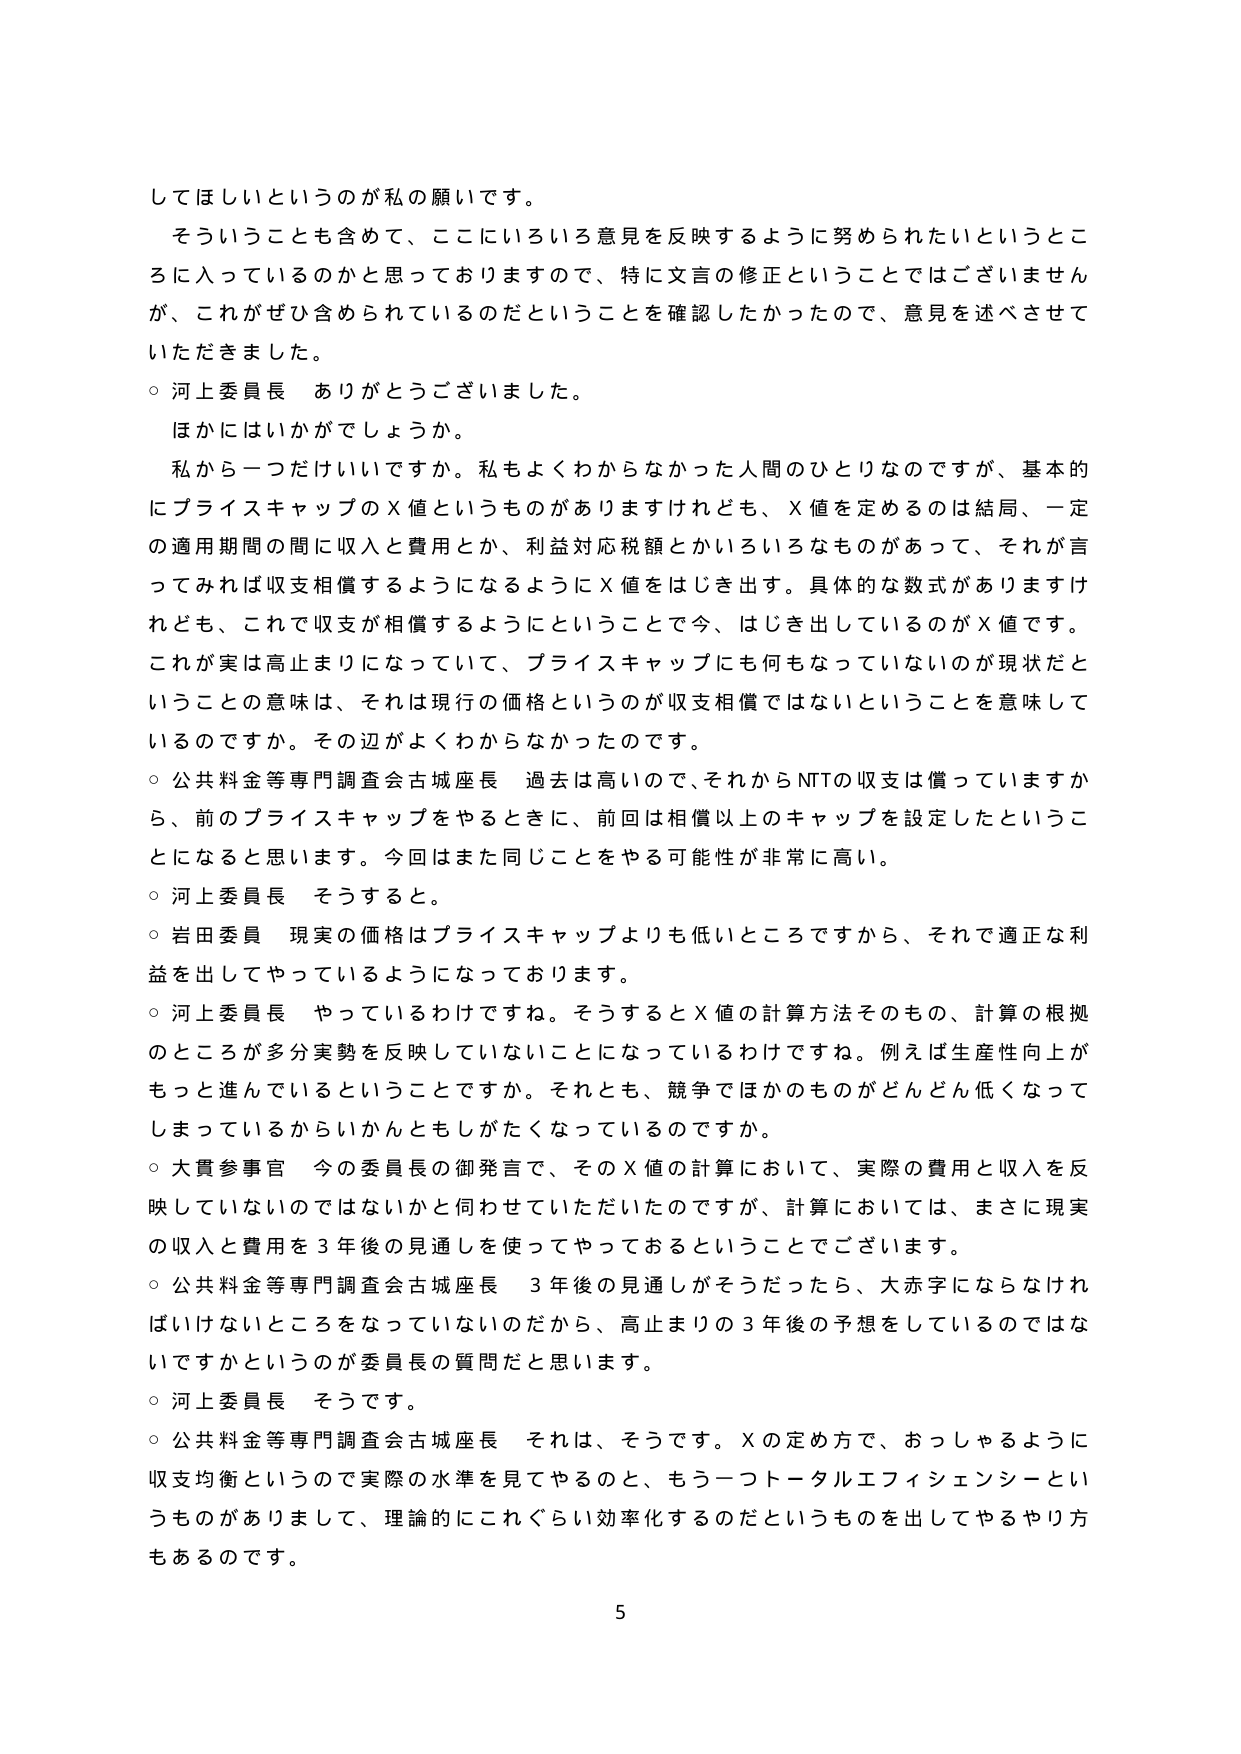
してほしいというのが私の願いです。
そういうことも含めて、ここにいろいろ意見を反映するように努められたいというところに入っているのかと思っておりますので、特に文言の修正ということではございませんが、これがぜひ含められているのだということを確認したかったので、意見を述べさせていただきました。
○ 河上委員長 ありがとうございました。
ほかにはいかがでしょうか。
私から一つだけいいですか。私もよくわからなかった人間のひとりなのですが、基本的にプライスキャップのＸ値というものがありますけれども、Ｘ値を定めるのは結局、一定の適用期間の間に収入と費用とか、利益対応税額とかいろいろなものがあって、それが言ってみれば収支相償するようになるようにＸ値をはじき出す。具体的な数式がありますけれども、これで収支が相償するようにということで今、はじき出しているのがＸ値です。これが実は高止まりになっていて、プライスキャップにも何もなっていないのが現状だということの意味は、それは現行の価格というのが収支相償ではないということを意味しているのですか。その辺がよくわからなかったのです。
○ 公共料金等専門調査会古城座長 過去は高いので、それからNTTの収支は償っていますから、前のプライスキャップをやるときに、前回は相償以上のキャップを設定したということになると思います。今回はまた同じことをやる可能性が非常に高い。
○ 河上委員長 そうすると。
○ 岩田委員 現実の価格はプライスキャップよりも低いところですから、それで適正な利益を出してやっているようになっております。
○ 河上委員長 やっているわけですね。そうするとＸ値の計算方法そのもの、計算の根拠のところが多分実勢を反映していないことになっているわけですな。例えば生産性向上がもっと進んでいるということですか。それとも、競争でほかのものがどんどん低くなってしまっているからいかんともしがたくなっているのですか。
○ 大貴参事官 今の委員長の御発言で、そのＸ値の計算において、実際の費用と収入を反映していないのではないかと伺わせていただいたのですが、計算においては、まさに現実の収入と費用を３年後の見通しを使ってやっておるということでございます。
○ 公共料金等専門調査会古城座長 ３年後の見通しがそうだったら、大赤字にならなければいけないところをなっていないのだから、高止まりの３年後の予想をしているのではないですかというのが委員長の質問だと思います。
○ 河上委員長 そうです。
○ 公共料金等専門調査会古城座長 それは、そうです。Ｘの定め方で、おっしゃるように収支均衡というので実際の水準を見てやるのと、もう一つトータルエフィシェンシーというものがありまして、理論的にこれぐらい効率化するのだというものを出してやるやり方もあるのです。
5